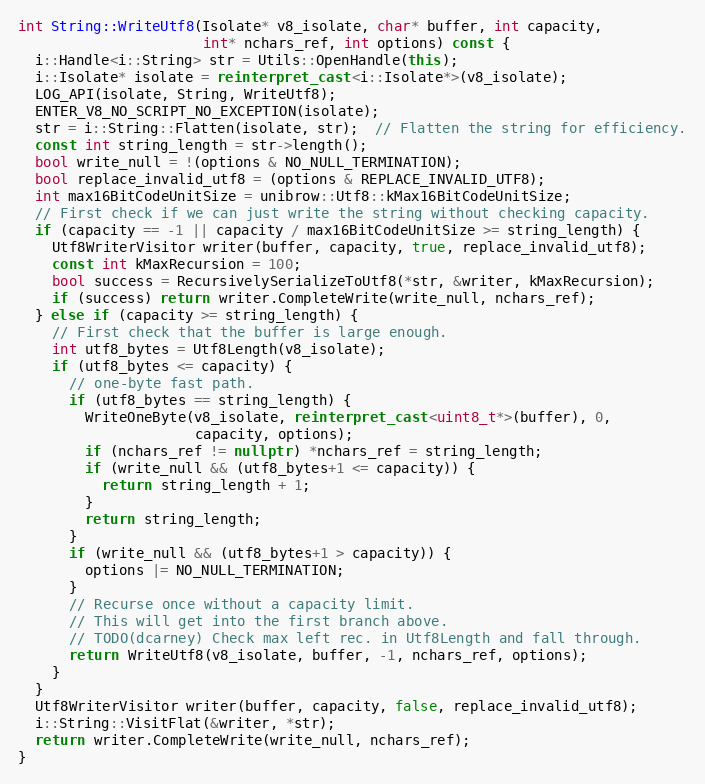
Language: C++
int String::WriteUtf8(Isolate* v8_isolate, char* buffer, int capacity,
                      int* nchars_ref, int options) const {
  i::Handle<i::String> str = Utils::OpenHandle(this);
  i::Isolate* isolate = reinterpret_cast<i::Isolate*>(v8_isolate);
  LOG_API(isolate, String, WriteUtf8);
  ENTER_V8_NO_SCRIPT_NO_EXCEPTION(isolate);
  str = i::String::Flatten(isolate, str);  // Flatten the string for efficiency.
  const int string_length = str->length();
  bool write_null = !(options & NO_NULL_TERMINATION);
  bool replace_invalid_utf8 = (options & REPLACE_INVALID_UTF8);
  int max16BitCodeUnitSize = unibrow::Utf8::kMax16BitCodeUnitSize;
  // First check if we can just write the string without checking capacity.
  if (capacity == -1 || capacity / max16BitCodeUnitSize >= string_length) {
    Utf8WriterVisitor writer(buffer, capacity, true, replace_invalid_utf8);
    const int kMaxRecursion = 100;
    bool success = RecursivelySerializeToUtf8(*str, &writer, kMaxRecursion);
    if (success) return writer.CompleteWrite(write_null, nchars_ref);
  } else if (capacity >= string_length) {
    // First check that the buffer is large enough.
    int utf8_bytes = Utf8Length(v8_isolate);
    if (utf8_bytes <= capacity) {
      // one-byte fast path.
      if (utf8_bytes == string_length) {
        WriteOneByte(v8_isolate, reinterpret_cast<uint8_t*>(buffer), 0,
                     capacity, options);
        if (nchars_ref != nullptr) *nchars_ref = string_length;
        if (write_null && (utf8_bytes+1 <= capacity)) {
          return string_length + 1;
        }
        return string_length;
      }
      if (write_null && (utf8_bytes+1 > capacity)) {
        options |= NO_NULL_TERMINATION;
      }
      // Recurse once without a capacity limit.
      // This will get into the first branch above.
      // TODO(dcarney) Check max left rec. in Utf8Length and fall through.
      return WriteUtf8(v8_isolate, buffer, -1, nchars_ref, options);
    }
  }
  Utf8WriterVisitor writer(buffer, capacity, false, replace_invalid_utf8);
  i::String::VisitFlat(&writer, *str);
  return writer.CompleteWrite(write_null, nchars_ref);
}